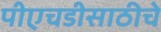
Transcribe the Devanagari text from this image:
पीएचडीसाठीचे